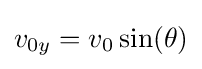
v_{0y}=v_{0}\sin(\theta )